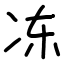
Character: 冻